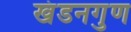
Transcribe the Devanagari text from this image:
खंडनगुण